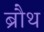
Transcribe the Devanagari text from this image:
ब्रौथ